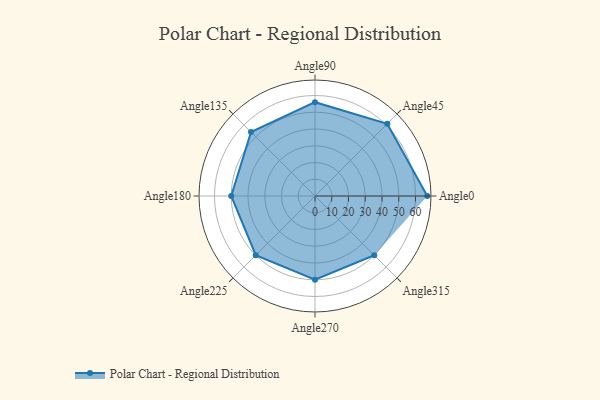
{"axis": {"x": "Angle", "y": "Radius"}, "legend": [""], "data": [{"x": "Angle0", "y": 67.0, "type": ""}, {"x": "Angle45", "y": 61.0, "type": ""}, {"x": "Angle90", "y": 56.0, "type": ""}, {"x": "Angle135", "y": 54.0, "type": ""}, {"x": "Angle180", "y": 50, "type": ""}, {"x": "Angle225", "y": 50, "type": ""}, {"x": "Angle270", "y": 50, "type": ""}, {"x": "Angle315", "y": 50, "type": ""}]}